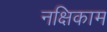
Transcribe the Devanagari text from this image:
नक्षिकाम